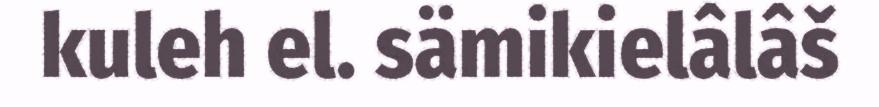
kuleh el. sämikielâlâš